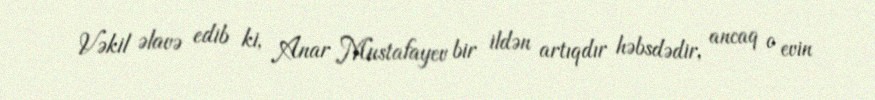
Vəkil əlavə edib ki, Anar Mustafayev bir ildən artıqdır həbsdədir, ancaq o evin